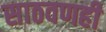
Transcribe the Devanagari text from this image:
साठवणही